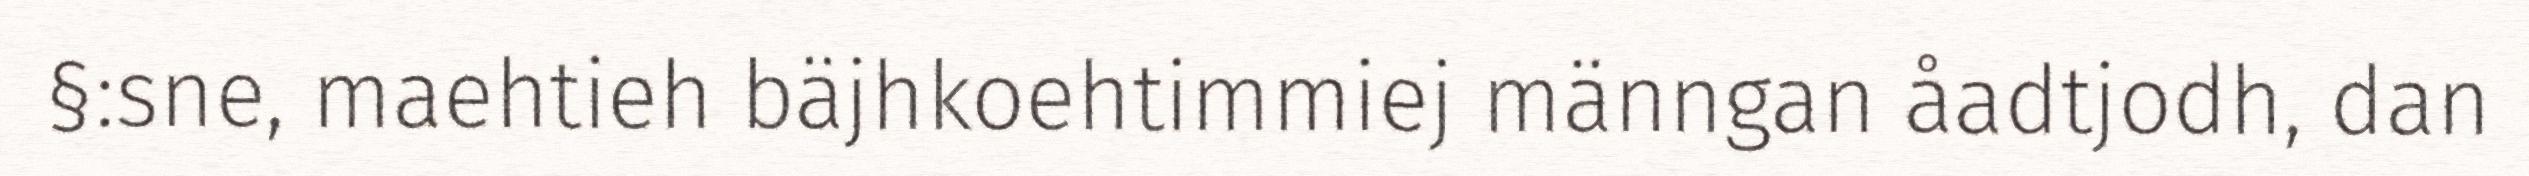
§:sne, maehtieh bäjhkoehtimmiej männgan åadtjodh, dan